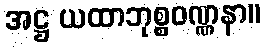
အဋ္ဌ ယထာဘုစ္စဝဏ္ဏနာ။